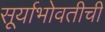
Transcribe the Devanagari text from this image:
सूर्याभोवतीची